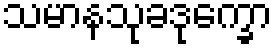
သမာနသုခဒုက္ခော